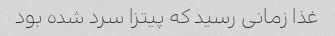
غذا زمانی رسید که پیتزا سرد شده بود